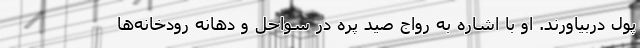
پول دربیاورند. او با اشاره به رواج صید پره در سواحل و دهانه رودخانه‌ها